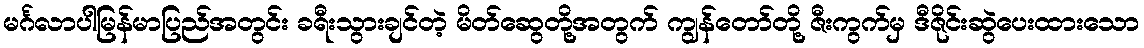
မင်္ဂလာပါမြန်မာပြည်အတွင်း ခရီးသွားချင်တဲ့ မိတ်ဆွေတို့အတွက် ကျွန်တော်တို့ ဇီးကွက်မှ ဒီဇိုင်းဆွဲပေးထားသော